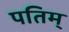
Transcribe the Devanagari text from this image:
पतिम्